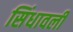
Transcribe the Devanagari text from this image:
सिंधावली